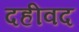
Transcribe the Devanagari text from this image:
दहीवद